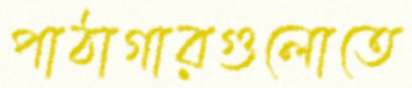
পাঠাগারগুলোতে